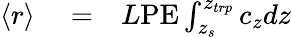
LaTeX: \begin{array}{rlr}{\langle r\rangle}&{{}=}&{L\textrm{PE}\int_{z_{s}}^{z_{trp}}c_{z}dz}\end{array}